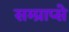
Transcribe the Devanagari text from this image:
सम्प्राप्से